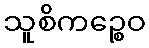
သူစိကဉ္စေဝ